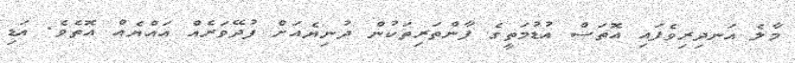
މާލެ އަނދިރިވެފައި އޮތަސް އުޑުމަތީގެ ފާންތަރިތަކުން ދުނިޔެއަށް ފުދޭވަރެއް އައްޔެއް އޮތެވެ. އަޑި